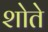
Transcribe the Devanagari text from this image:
शोते